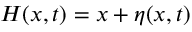
H ( x , t ) = x + \eta ( x , t )